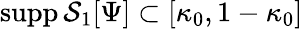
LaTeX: \mathrm{supp}\, \mathcal{S}_{1}[\Psi]\subset[\kappa_{0},1-\kappa_{0}]